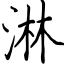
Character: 淋